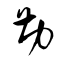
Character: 勘